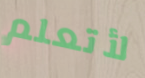
لأتعلم